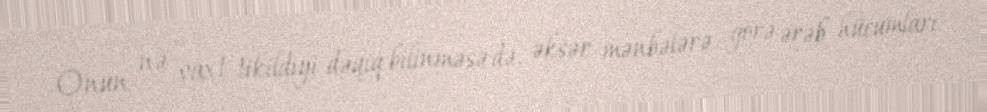
Onun nə vaxt tikildiyi dəqiq bilinməsə də, əksər mənbələrə görə ərəb hücumları